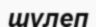
шулеп